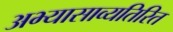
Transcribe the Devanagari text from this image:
अभ्यासाव्यतिरित